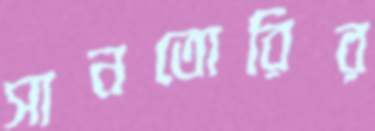
সানতোরির